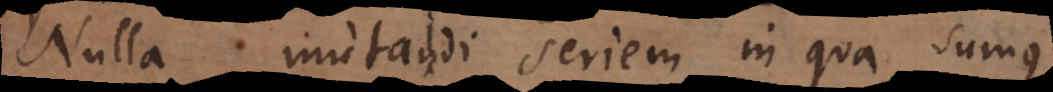
Nulla mutandi seriem in qua sumus